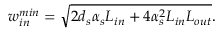
w _ { i n } ^ { m i n } = \sqrt { 2 d _ { s } \alpha _ { s } L _ { i n } + 4 \alpha _ { s } ^ { 2 } L _ { i n } L _ { o u t } } .